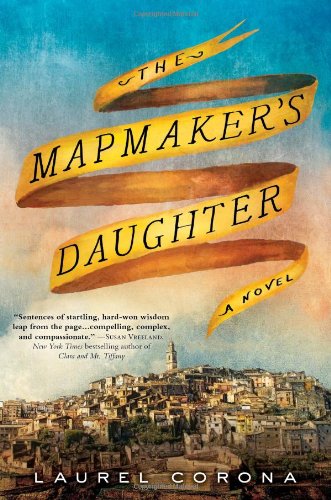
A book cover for The Mapmaker's Daughter; Laurel Corona; Literature & Fiction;